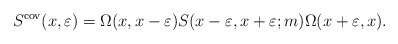
\begin{align*}S^{{\rm cov}}(x,\varepsilon )=\Omega (x,x-\varepsilon )S(x-\varepsilon,x+\varepsilon ;m)\Omega (x+\varepsilon ,x).\end{align*}